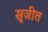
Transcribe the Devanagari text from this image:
सृजीत